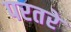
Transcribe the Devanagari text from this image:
परतरे